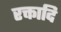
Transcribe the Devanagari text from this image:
रक्तादि